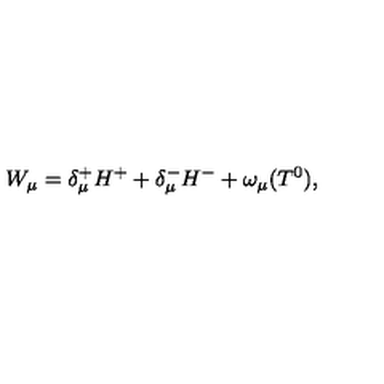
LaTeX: W _ { \mu } = \delta _ { \mu } ^ { + } H ^ { + } + \delta _ { \mu } ^ { - } H ^ { - } + \omega _ { \mu } ( T ^ { 0 } ) ,